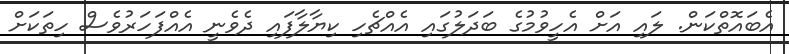
އެބައޮތްކަން. ލައި އަށް އެހީވުމުގެ ބަދަލުގައި އެއްޗެހި ކިޔާލާފައި ދެވެނީ އެއްފަހަރުވެސް ހިތަކަށް